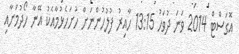
އޮގަސްޓް 2014 ވަނަ ދުވަހު 13:15 ހާއިރު ފުލުހުންނަށް ހުށަހެޅުމާއެކު އޭނާ ހޯދުމަށާއި